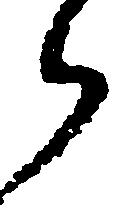
候